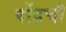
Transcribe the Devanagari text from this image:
पोंहचौ